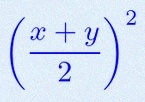
\left(\frac{x+y}{2}\right)^2